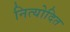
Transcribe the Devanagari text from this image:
नित्योदित